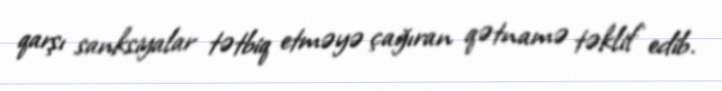
qarşı sanksiyalar tətbiq etməyə çağıran qətnamə təklif edib.